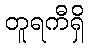
တူရကီရှိ